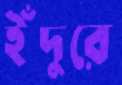
ইঁদুরে